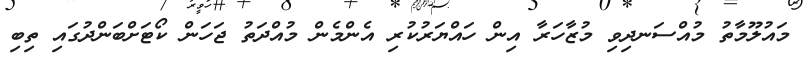
މައުލޫމާތު މުއްސަނދިވި މުޒާހަރާ އިން ހައްޔަރުކުރި އެންމެން މުއްދަތު ޖަހަން ކޯޓަށްބަންދުގައި ތިބި